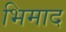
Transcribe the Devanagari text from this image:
भिमाद